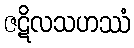
ဇဋိလသဟဿံ